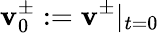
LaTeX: \mathbf{v}_{0}^{\pm}:=\mathbf{v}^{\pm}|_{t=0}